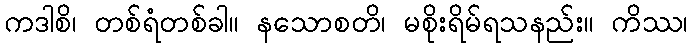
ကဒါစိ၊ တစ်ရံတစ်ခါ။ နသောစတိ၊ မစိုးရိမ်ရသနည်း။ ကိဿ၊